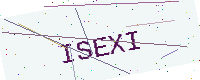
Text: ISEXI